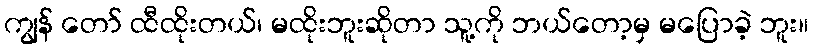
ကျွန် တော် ထီထိုးတယ်၊ မထိုးဘူးဆိုတာ သူ့ကို ဘယ်တော့မှ မပြောခဲ့ ဘူး။